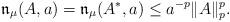
LaTeX: \begin{align*} \mathfrak{n}_\mu (A , a ) = \mathfrak{n}_\mu (A^* , a ) \leq a^{-p} \|A\|_p^p . \end{align*}